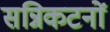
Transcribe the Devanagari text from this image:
सन्निकटनों